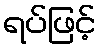
ရပ်ဖြင့်